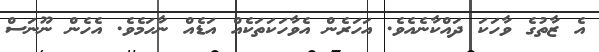
އެ ޒާތުގެ ވާހަކަ ދައްކާނެއެވެ. އަހަރެން އެވާހަކަތަކެއް އަޑެއް ނާހަމެވެ. އެހެން ނޫނަސް